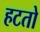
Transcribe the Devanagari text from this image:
हटतो